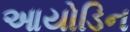
આયોડિન